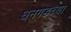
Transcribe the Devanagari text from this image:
घनगडच्या